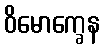
ဝိမောက္ခေန